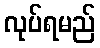
လုပ်ရမည်